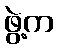
ဖွဲ့က